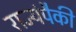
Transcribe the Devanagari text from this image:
राज्यंपैकी